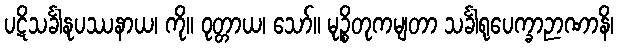
ပဋိသင်္ခါနုပဿနာယ၊ ကို။ ဝုတ္တာယ၊ သော်။ မုဉ္စိတုကမျတာ သင်္ခါရုပေက္ခာဉာဏာနိ၊